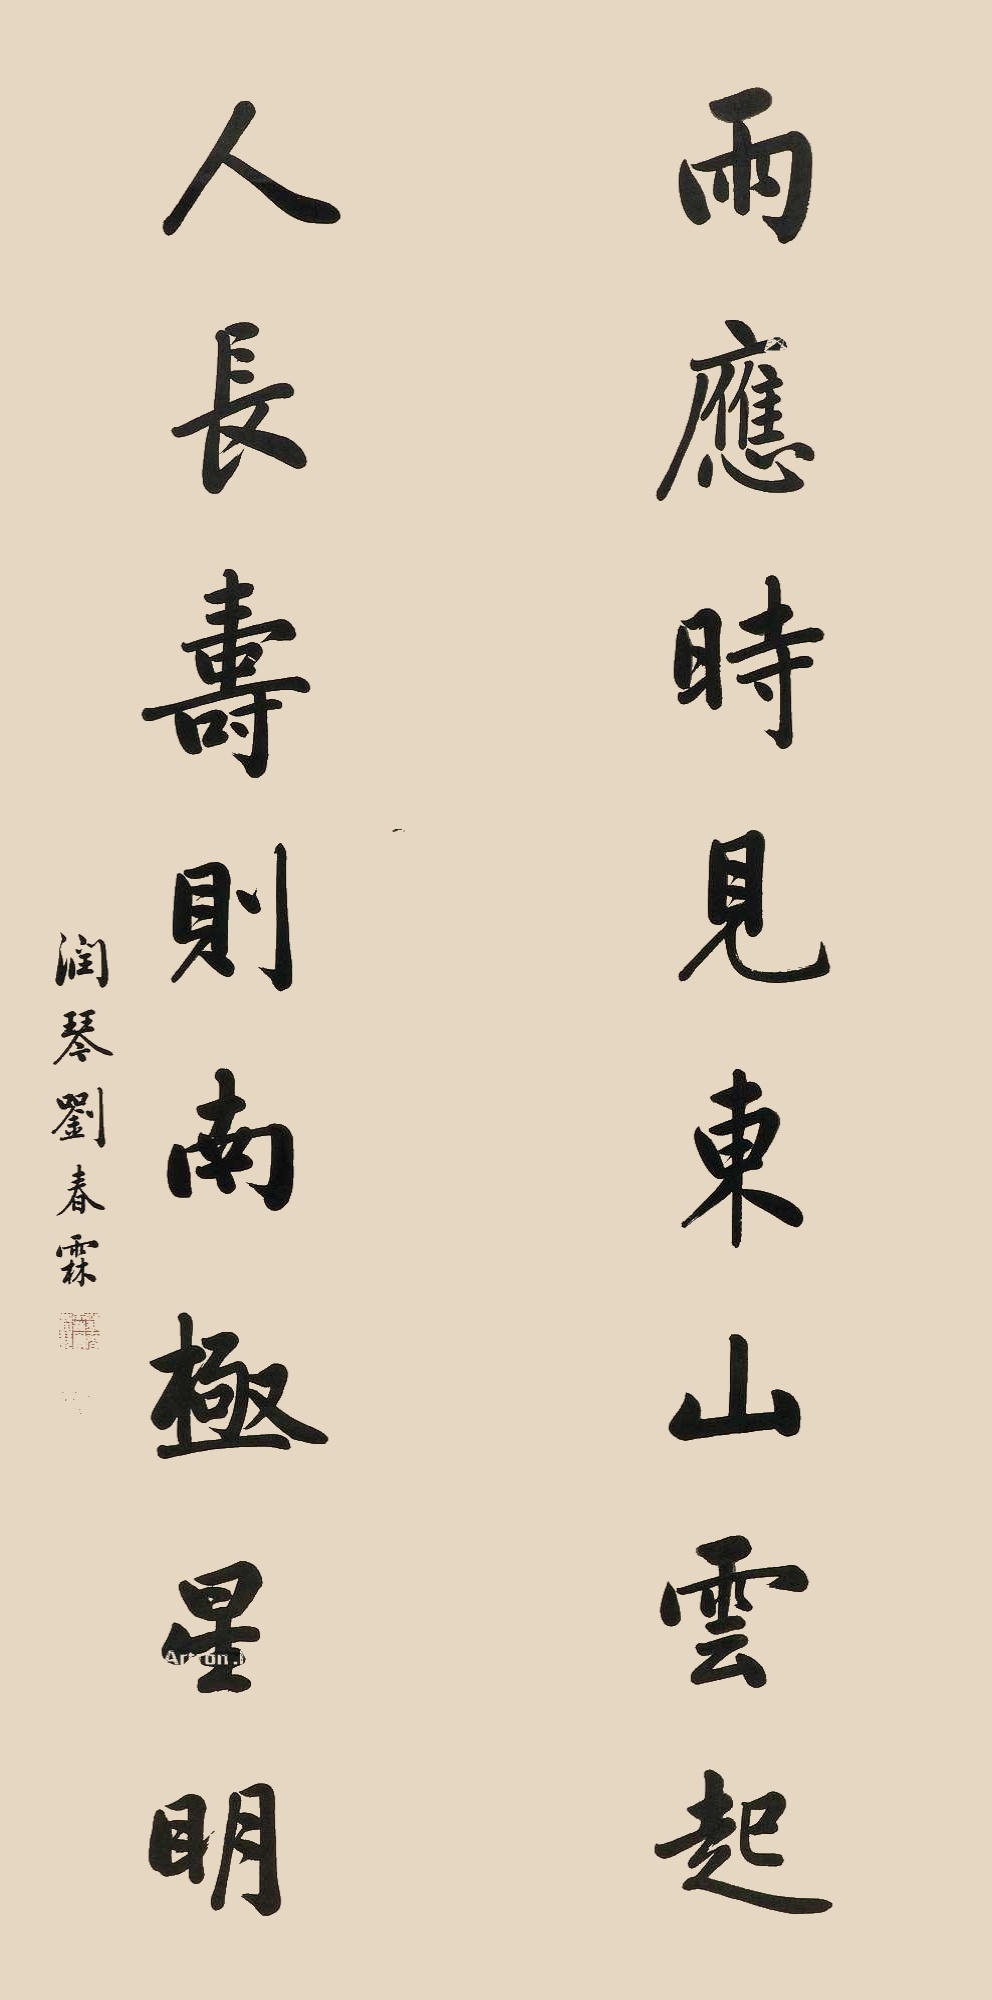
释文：雨应时见东山云起，人长寿则南极星明。润琴刘春霖。